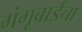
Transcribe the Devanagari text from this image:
गंगूबाईचा